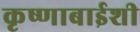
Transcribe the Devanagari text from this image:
कृष्णाबाईशी